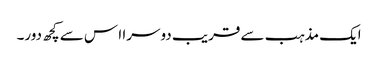
ایک مذہب سے قریب دوسرا ا س سے کچھ دور۔